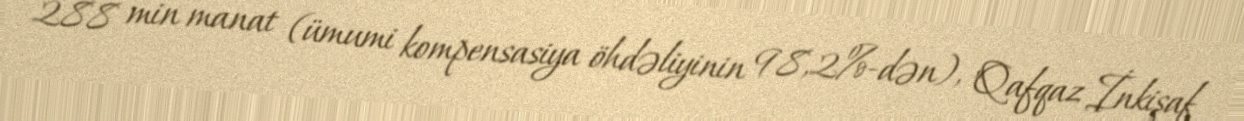
288 min manat (ümumi kompensasiya öhdəliyinin 98,2%-dən), "Qafqaz İnkişaf